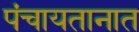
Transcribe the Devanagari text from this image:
पंचायतानात